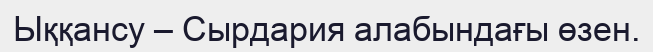
Ыққансу – Сырдария алабындағы өзен.